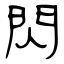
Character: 閃